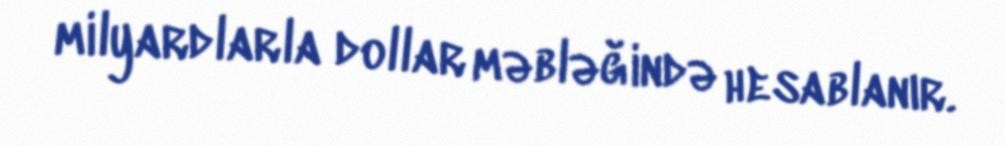
milyardlarla dollar məbləğində hesablanır.